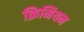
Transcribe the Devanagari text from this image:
क्रिमियन